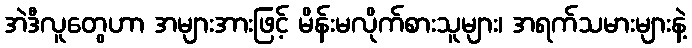
အဲဒီလူတွေဟာ အများအားဖြင့် မိန်းမလိုက်စားသူများ၊ အရက်သမားများနဲ့